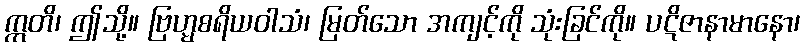
ဣတိ၊ ဤသို့။ ဗြဟ္မစရိယဝါသံ၊ မြတ်သော အကျင့်ကို သုံးခြင်ကို။ ပဋိဇာနာမာနော၊